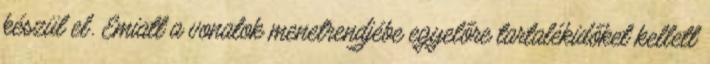
készül el. Emiatt a vonatok menetrendjébe egyelőre tartalékidőket kellett